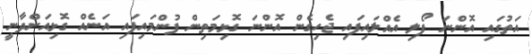
އަތުގައި އޮންނަ ފޯލި އެއްލައިފައި ޖެހިގެން އޮންނަ ގޮޅިމަތިން ފުންމައިފައި އަނެއް ގޮޅިއަށްދާނީ